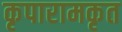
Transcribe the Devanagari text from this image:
कृपारामकृत